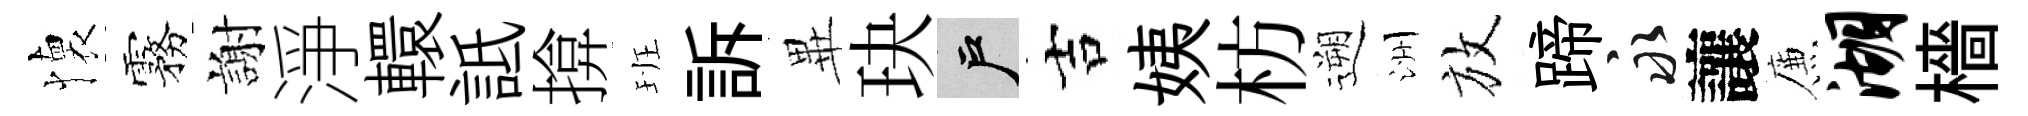
懐霧謝淨轘詆揜班訴𭺾玦户吉姨枋遡洲放蹄永讓簾湖檣